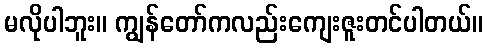
မလိုပါဘူး။ ကျွန်တော်ကလည်းကျေးဇူးတင်ပါတယ်။